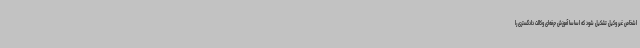
اشخاص غیر وکیل تشکیل شود که اساسا آموزش حرفه‌ای وکالت دادگستری را